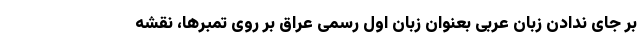
بر جای ندادن زبان عربی بعنوان زبان اول رسمی عراق بر روی تمبرها، نقشه